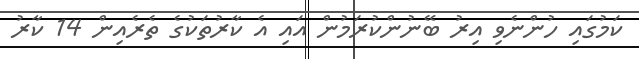
ކަމުގައި ހުންނެވި އިރު ބޭނުންކުރަމުން އައި އެ ކާރުތަކުގެ ތެރެއިން 14 ކާރު